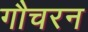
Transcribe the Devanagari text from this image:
गौचरन